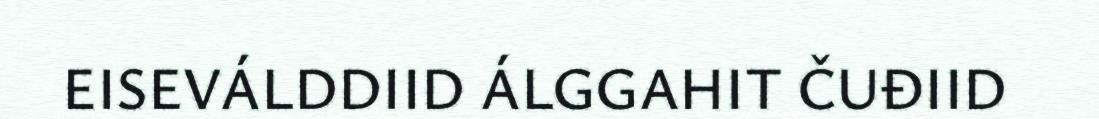
EISEVÁLDDIID ÁLGGAHIT ČUĐIID